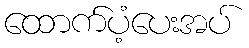
ထောက်ပံ့ပေးအပ်